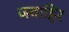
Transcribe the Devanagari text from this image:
जवाहिर